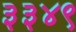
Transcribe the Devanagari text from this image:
३३४९